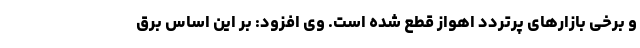
و برخی بازارهای پرتردد اهواز قطع شده است. وی افزود: بر این اساس برق